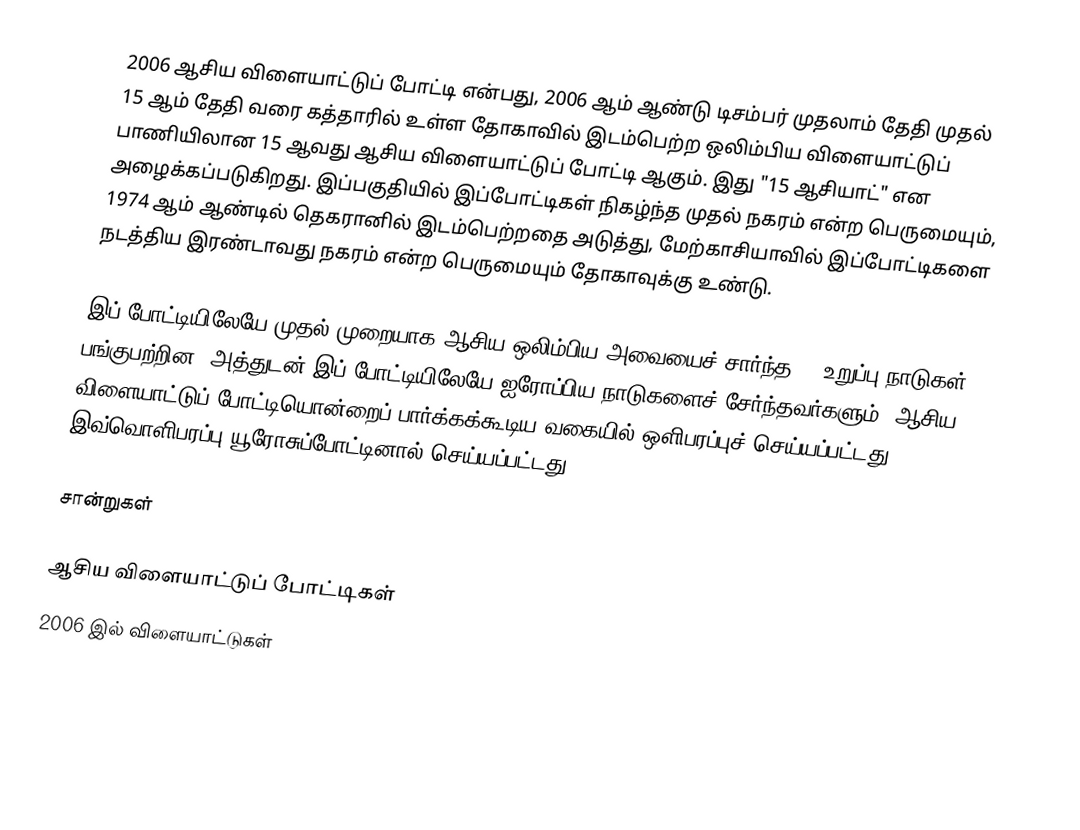
2006 ஆசிய விளையாட்டுப் போட்டி என்பது, 2006 ஆம் ஆண்டு டிசம்பர் முதலாம் தேதி முதல் 15 ஆம் தேதி வரை கத்தாரில் உள்ள தோகாவில் இடம்பெற்ற ஒலிம்பிய விளையாட்டுப் பாணியிலான 15 ஆவது ஆசிய விளையாட்டுப் போட்டி ஆகும். இது "15 ஆசியாட்" என அழைக்கப்படுகிறது. இப்பகுதியில் இப்போட்டிகள் நிகழ்ந்த முதல் நகரம் என்ற பெருமையும், 1974 ஆம் ஆண்டில் தெகரானில் இடம்பெற்றதை அடுத்து, மேற்காசியாவில் இப்போட்டிகளை நடத்திய இரண்டாவது நகரம் என்ற பெருமையும் தோகாவுக்கு உண்டு.

இப் போட்டியிலேயே முதல் முறையாக ஆசிய ஒலிம்பிய அவையைச் சார்ந்த 45 உறுப்பு நாடுகள் பங்குபற்றின. அத்துடன் இப் போட்டியிலேயே ஐரோப்பிய நாடுகளைச் சேர்ந்தவர்களும், ஆசிய விளையாட்டுப் போட்டியொன்றைப் பார்க்கக்கூடிய வகையில் ஒளிபரப்புச் செய்யப்பட்டது. இவ்வொளிபரப்பு யூரோசுப்போட்டினால் செய்யப்பட்டது.

சான்றுகள்

ஆசிய விளையாட்டுப் போட்டிகள்
2006 இல் விளையாட்டுகள்